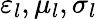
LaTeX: \varepsilon_{l},\mu_{l},\sigma_{l}